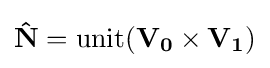
\mathbf {\hat {N}} =\mathrm {unit} (\mathbf {V_{0}} \times \mathbf {V_{1}} )